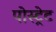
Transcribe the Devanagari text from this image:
पोस्ट्रेट